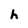
Character: h